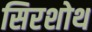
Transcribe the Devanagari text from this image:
सिरशोथ